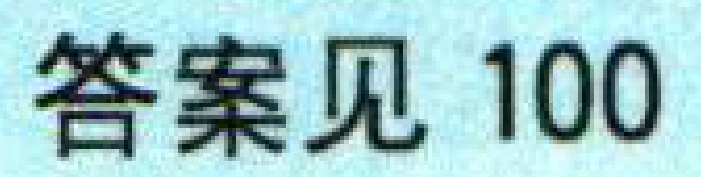
答案见 100